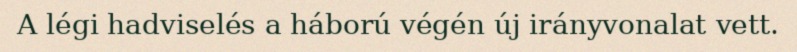
A légi hadviselés a háború végén új irányvonalat vett.